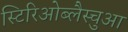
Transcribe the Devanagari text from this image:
स्टिरिओब्लैस्चुआ